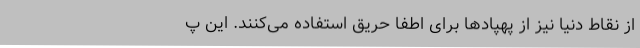
از نقاط دنیا نیز از پهپادها برای اطفا حریق استفاده می‌کنند. این پ